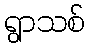
ရွာသစ်